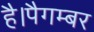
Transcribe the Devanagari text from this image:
है।पैगम्बर